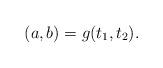
\begin{align*}(a,b) = g(t_1, t_2).\end{align*}